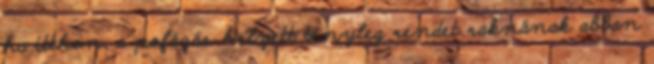
ha itthon, a pofázás helyett tényleg rendet raknának abban